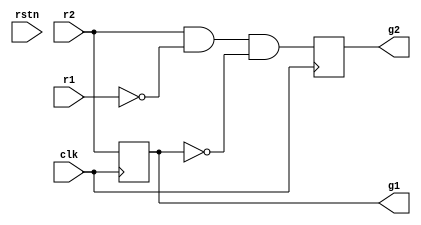
module arbiter(r1, r2, g1, g2, clk, rstn);

	input clk, r1, r2 , rstn;
	output g1, g2;
	reg g1, g2;
	always @(posedge clk )
    begin
	      g2<=r2 & ~r1 & ~g1;
		  g1 <= r2;
    end

endmodule